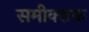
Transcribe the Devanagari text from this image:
समीक्शक